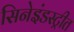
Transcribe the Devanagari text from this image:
सिनेइंडस्ट्रीत